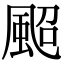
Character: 䫿